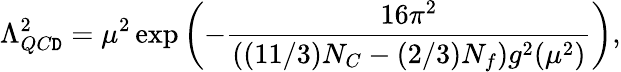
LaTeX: \Lambda_{QC\mathtt{D}}^{2}=\mu^{2}\exp\left(-\frac{{16\pi^{2}}}{{((11/3)N_{C}-(2/3)N_{f})g^{2}(\mu^{2})}}\right),